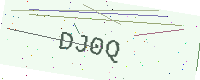
Text: DJ0Q